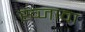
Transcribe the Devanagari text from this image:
ख्जावा